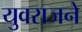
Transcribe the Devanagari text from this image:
युवराजने